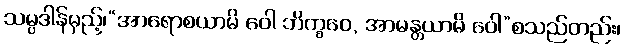
သမ္ပဒါန်မှည့်၊“အာရောစယာမိ ဝေါ ဘိက္ခဝေ, အာမန္တယာမိ ဝေါ”စသည်တည်း၊